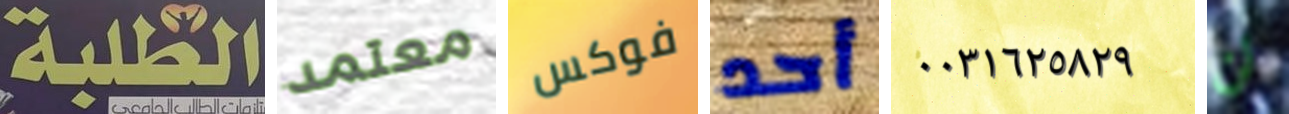
الطلبة معتمد فوكس أحد ٠٠٣١٦٢٥٨٢٩ لن